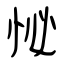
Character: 㤈